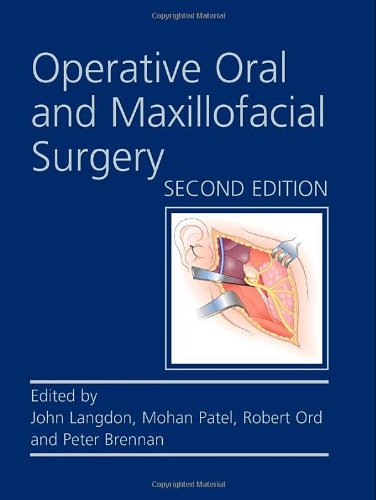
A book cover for Operative Oral and Maxillofacial Surgery Second edition (Rob & Smith's Operative Surgery Series); John Langdon; Medical Books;